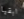
ابقيا